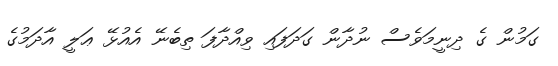
ގަމުން ގެ ދިނީމަވެސް ނުދާން ގަދަފައި ވިއްދާފަ ތިބެނޭ އެއުޅޭ ޢަލީ އާދަމުގެ